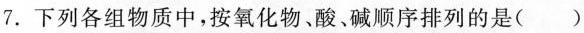
7.下列各组物质中，按氧化物、酸、碱顺序排列的是()